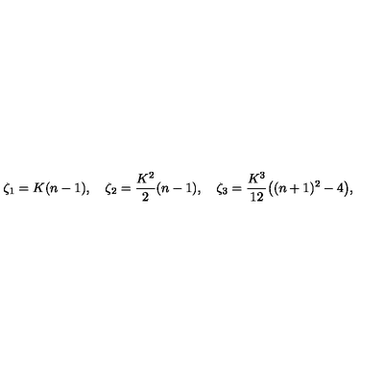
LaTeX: \zeta _ { 1 } = K ( n - 1 ) , \quad \zeta _ { 2 } = \frac { K ^ { 2 } } { 2 } ( n - 1 ) , \quad \zeta _ { 3 } = \frac { K ^ { 3 } } { 1 2 } \big ( ( n + 1 ) ^ { 2 } - 4 \big ) ,